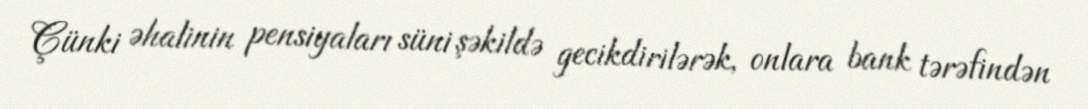
Çünki əhalinin pensiyaları süni şəkildə gecikdirilərək, onlara bank tərəfindən